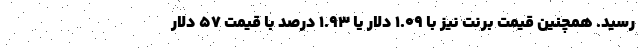
رسید. همچنین قیمت برنت نیز با ۱.۰۹ دلار یا ۱.۹۳ درصد با قیمت ۵۷ دلار